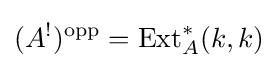
(A^{!})^{\text{opp}}=\operatorname {Ext} _{A}^{*}(k,k)